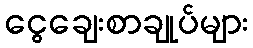
ငွေချေးစာချုပ်များ